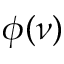
\phi ( \nu )